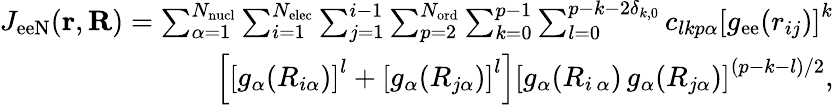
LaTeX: \begin{array}{r}{J_{\mathrm{eeN}}(\mathbf{r},\mathbf{R})=\sum_{\alpha=1}^{N_{\mathrm{nucl}}}\sum_{i=1}^{N_{\mathrm{elec}}}\sum_{j=1}^{i-1}\sum_{p=2}^{N_{\mathrm{ord}}}\sum_{k=0}^{p-1}\sum_{l=0}^{p-k-2\delta_{k,0}}c_{lkp\alpha}\left[g_{\mathrm{ee}}({r}_{ij})\right]^{k}}\\ {\left[\left[g_{\alpha}({R}_{i\alpha})\right]^{l}+\left[g_{\alpha}({R}_{j\alpha})\right]^{l}\right]\left[g_{\alpha}({R}_{i\, \alpha})\, g_{\alpha}({R}_{j\alpha})\right]^{(p-k-l)/2},}\end{array}